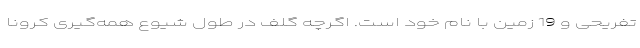
تفریحی و 19 زمین با نام خود است. اگرچه گلف در طول شیوع همه‌گیری کرونا